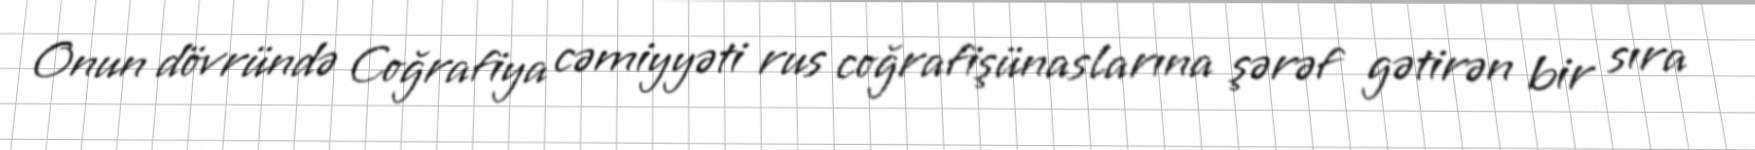
Onun dövründə Coğrafiya cəmiyyəti rus coğrafişünaslarına şərəf gətirən bir sıra